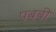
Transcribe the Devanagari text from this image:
पबबी